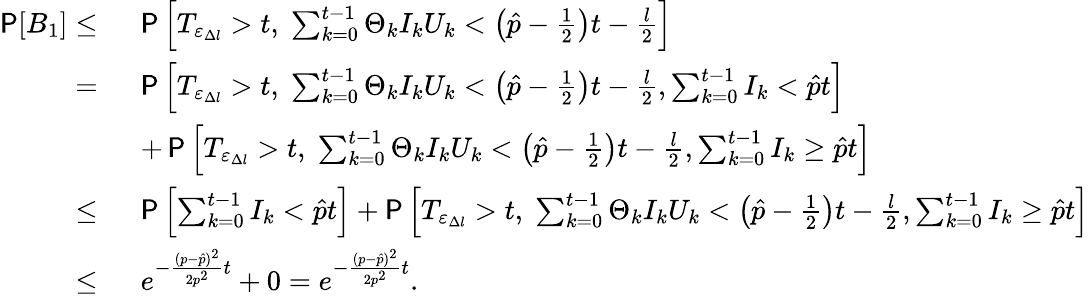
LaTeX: \begin{array}{rl}{\P[B_{1}]\leq\ }&{\P\left[T_{\varepsilon_{\Delta l}}>t,\; \sum_{k=0}^{t-1}\Theta_{k}I_{k}U_{k}<\left(\hat{p}-\frac 12\right)t-\frac{l}{2}\right]}\\ {=\ }&{\P\left[T_{\varepsilon_{\Delta l}}>t,\; \sum_{k=0}^{t-1}\Theta_{k}I_{k}U_{k}<\left(\hat{p}-\frac 12\right)t-\frac{l}{2},\sum_{k=0}^{t-1}I_{k}<\hat{p}t\right]}\\ &{+\P\left[T_{\varepsilon_{\Delta l}}>t,\; \sum_{k=0}^{t-1}\Theta_{k}I_{k}U_{k}<\left(\hat{p}-\frac 12\right)t-\frac{l}{2},\sum_{k=0}^{t-1}I_{k}\geq\hat{p}t\right]}\\ {\leq\ }&{\P\left[\sum_{k=0}^{t-1}I_{k}<\hat{p}t\right]+\P\left[T_{\varepsilon_{\Delta l}}>t,\; \sum_{k=0}^{t-1}\Theta_{k}I_{k}U_{k}<\left(\hat{p}-\frac 12\right)t-\frac{l}{2},\sum_{k=0}^{t-1}I_{k}\geq\hat{p}t\right]}\\ {\leq\ }&{e^{-\frac{(p-\hat{p})^{2}}{2p^{2}}t}+0=e^{-\frac{(p-\hat{p})^{2}}{2p^{2}}t}.}\end{array}